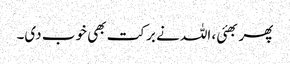
پھر بھئی، اللہ نے برکت بھی خوب دی۔